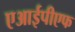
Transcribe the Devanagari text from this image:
एआईपीएफ